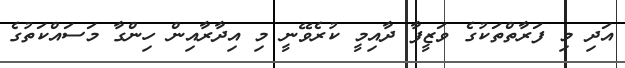
އަދި މި ފަރާތްތަކުގެ ވަޒީފާ ދާއިމީ ކުރެވޭނީ މި އިދާރާއިން ހިންގާ މަސައްކަތުގެ